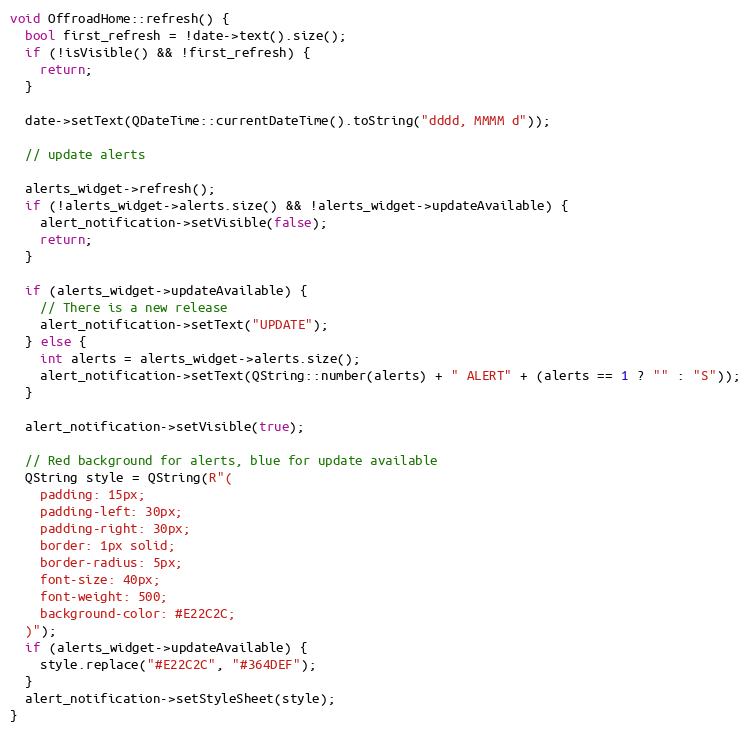
Language: C++
void OffroadHome::refresh() {
  bool first_refresh = !date->text().size();
  if (!isVisible() && !first_refresh) {
    return;
  }

  date->setText(QDateTime::currentDateTime().toString("dddd, MMMM d"));

  // update alerts

  alerts_widget->refresh();
  if (!alerts_widget->alerts.size() && !alerts_widget->updateAvailable) {
    alert_notification->setVisible(false);
    return;
  }

  if (alerts_widget->updateAvailable) {
    // There is a new release
    alert_notification->setText("UPDATE");
  } else {
    int alerts = alerts_widget->alerts.size();
    alert_notification->setText(QString::number(alerts) + " ALERT" + (alerts == 1 ? "" : "S"));
  }

  alert_notification->setVisible(true);

  // Red background for alerts, blue for update available
  QString style = QString(R"(
    padding: 15px;
    padding-left: 30px;
    padding-right: 30px;
    border: 1px solid;
    border-radius: 5px;
    font-size: 40px;
    font-weight: 500;
    background-color: #E22C2C;
  )");
  if (alerts_widget->updateAvailable) {
    style.replace("#E22C2C", "#364DEF");
  }
  alert_notification->setStyleSheet(style);
}